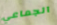
الجماعي